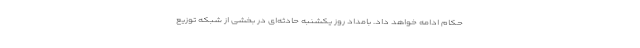
حکام ادامه خواهد داد. بامداد روز یکشنبه حادثه‌ای در بخشی از شبکه توزیع